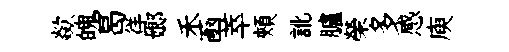
歘魄曷徉嫏禾凾萃頰訛臚榮多感庾